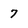
Character: 7